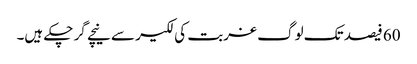
60 فیصد تک لوگ غربت کی لکیر سے نیچے گر چکے ہیں۔